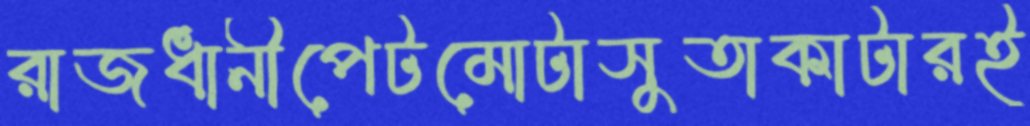
রাজধানীপেটমোটাসুতাকাটারই